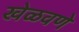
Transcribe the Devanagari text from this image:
खेळवणे